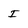
Character: I